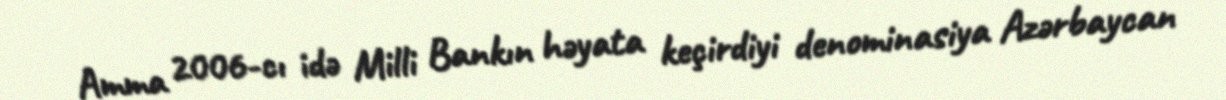
Amma 2006-cı idə Milli Bankın həyata keçirdiyi denominasiya Azərbaycan